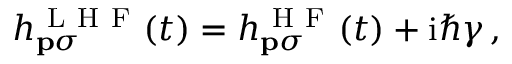
\begin{array} { r } { h _ { \mathbf { p } \sigma } ^ { \mathrm { ~ L ~ H ~ F ~ } } ( t ) = h _ { \mathbf { p } \sigma } ^ { \mathrm { ~ H ~ F ~ } } ( t ) + \mathrm { i } \hbar \gamma \, , } \end{array}